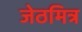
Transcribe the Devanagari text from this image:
जेठमित्र